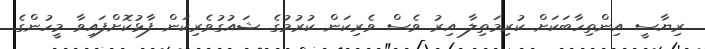
ރިޔާސީ އިންތިހާބަކަށް ކުރިމަތިލާ އިރު ވެސް ވެރިކަން ކުރުމުގެ ޝައުގުވެރިކަން ފާޅުކޮށްފައިވާ މީހުންގެ